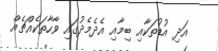
އަދި އުޑުތަކާއި ބިމާއި އެދެމެދުގައި ވާހާތަކެއްޗެއް